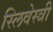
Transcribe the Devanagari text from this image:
स्लिवेस्त्री